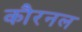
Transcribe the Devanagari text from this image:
कौरनल